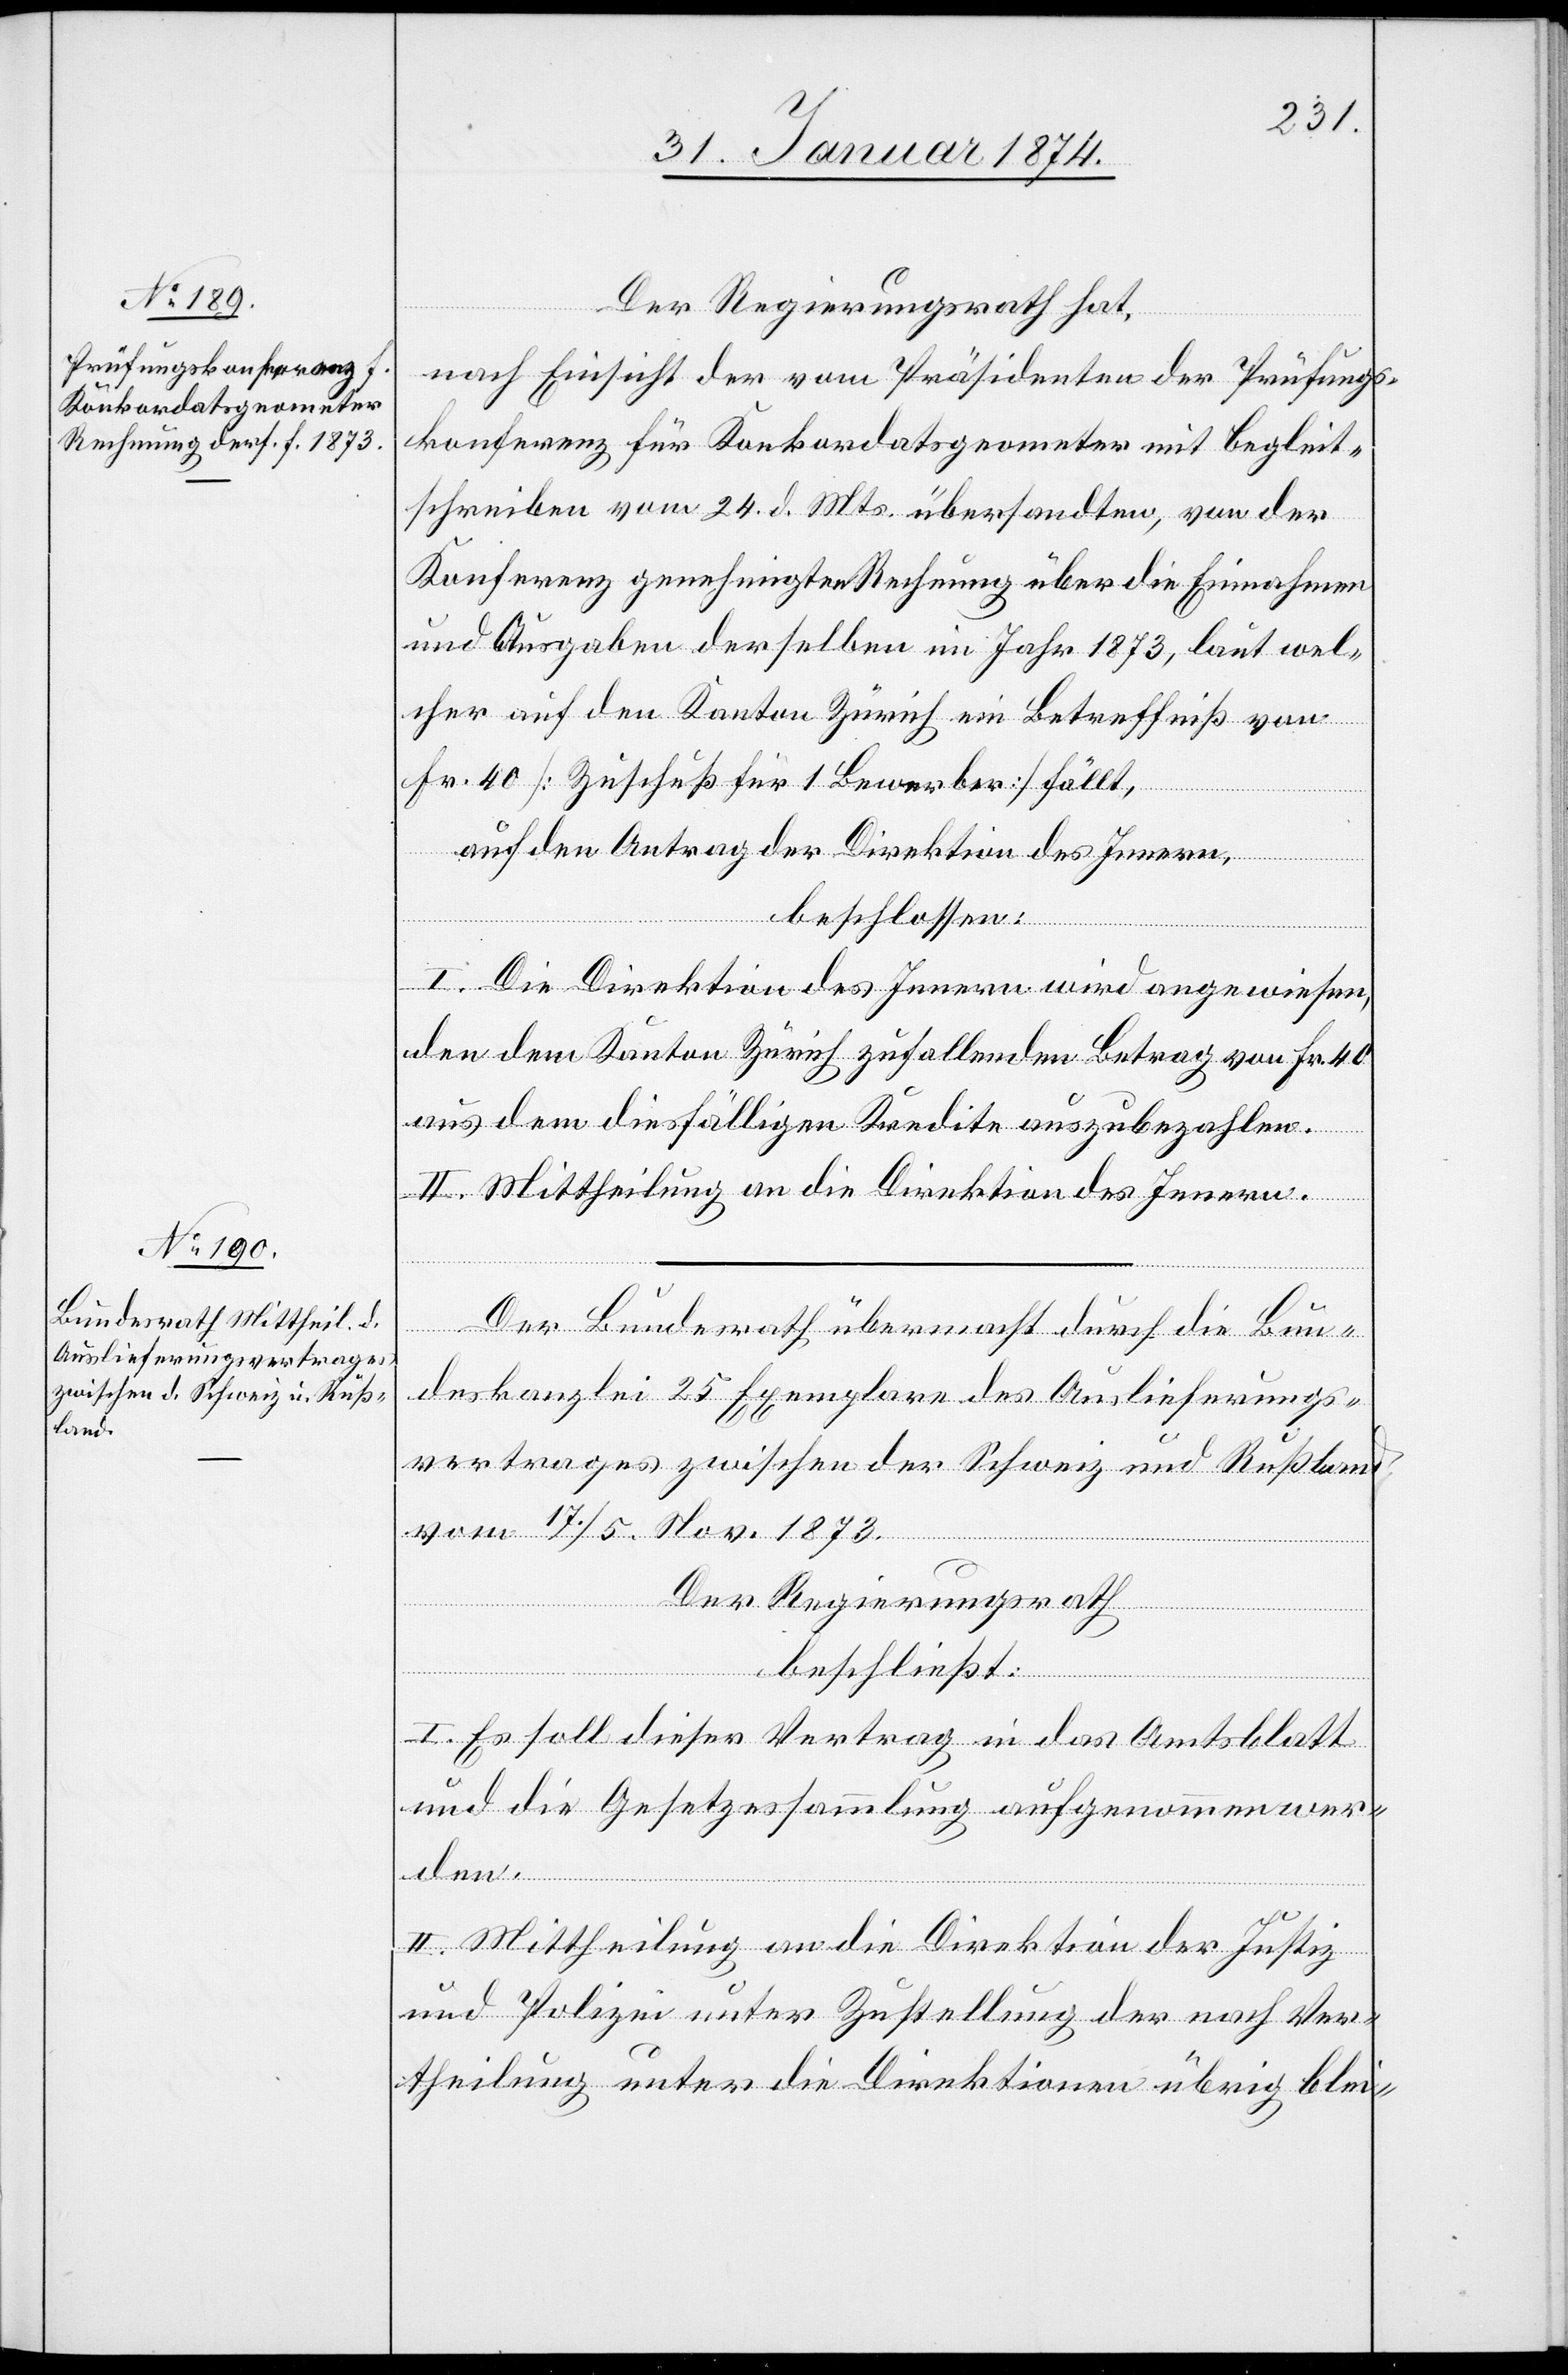
Der Regierungsrath hat,
nach Einsicht vom Präsidenten der Prüfungs¬
konferenz für Konkordatsgeometer mit Begleit¬
schreiben vom 24. d. Mts. übersandten, von der
Konferenz genehmigten Rechnung über die Einnahmen
und Ausgaben derselben im Jahr 1873, laut wel¬
cher auf den Kanton Zürich ein Betreffniß von
Fr. 40 [Zuschuß für 1 Bewerber] fällt,
auf den Antrag der Direktion des Innern,
beschlossen:
I. Die Direktion des Innern wird angewiesen,
den dem Kanton Zürich zufallenden Betrag von Fr. 40
aus dem diesfälligen Kredite auszubezahlen.
II. Mittheilung an die Direktion des Innern.
Der Bundesrath übermacht durch die Bun¬
deskanzlei 25 Exemplare des Auslieferungs¬
vertrages zwischen der Schweiz und Rußland
vom 17. / 5. Nov. 1873.
Der Regierungsrath
beschließt:
I. Es soll dieser Vertrag in das Amtsblatt
und die Gesetzessammlung aufgenommen wer¬
den.
II. Mittheilung an die Direktion der Justiz
und Polizei unter Zustellung der nach Ver¬
theilung unter die Direktionen übrig blei-